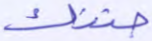
جنتك